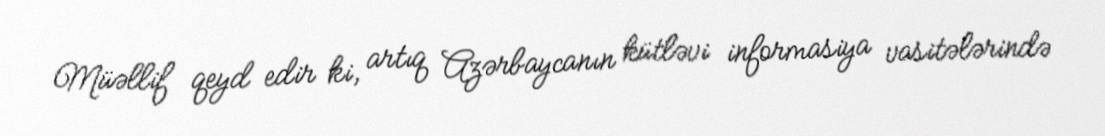
Müəllif qeyd edir ki, artıq Azərbaycanın kütləvi informasiya vasitələrində